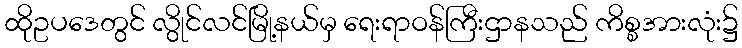
ထိုဥပဒေတွင် လွိုင်လင်မြို့နယ်မှ ရေးရာဝန်ကြီးဌာနသည် ကိစ္စအားလုံး၌